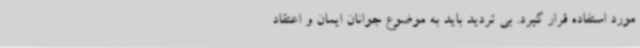
مورد استفاده قرار گیرد. بی تردید باید به موضوع جوانان ایمان و اعتقاد